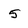
Character: 5